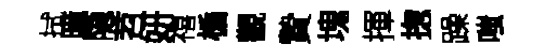
拭曈隐苕妍禧楯觀贄塊揮揔躁嗤